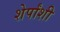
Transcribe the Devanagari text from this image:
शेर्पांशी